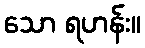
သော ရဟန်း။